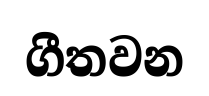
ගීතවන